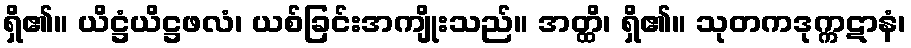
ရှိ၏။ ယိဋ္ဌံယိဋ္ဌဖလံ၊ ယစ်ခြင်းအကျိုးသည်။ အတ္ထိ၊ ရှိ၏။ သုတကဒုက္ကဋာနံ၊